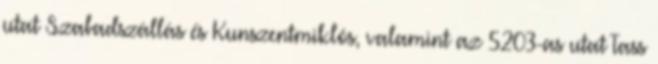
utat Szabadszállás és Kunszentmiklós, valamint az 5203-as utat Tass